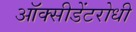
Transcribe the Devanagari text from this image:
ऑक्सीडेंटरोधी